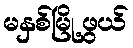
မနှစ်မြို့ဖွယ်